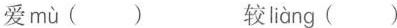
爱 mù () 较 liàng ()